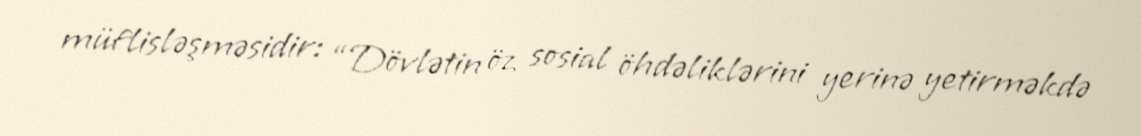
müflisləşməsidir: “Dövlətin öz sosial öhdəliklərini yerinə yetirməkdə